Bréfritari: Stefanía Siggeirsdóttir
Viðtakandi: Páll Pálsson
Dagsetning: A-1866-12-13
Skrifað á: Hraungerði  Árn.
Stefanía var bróðurdóttir Páls Pálssonar

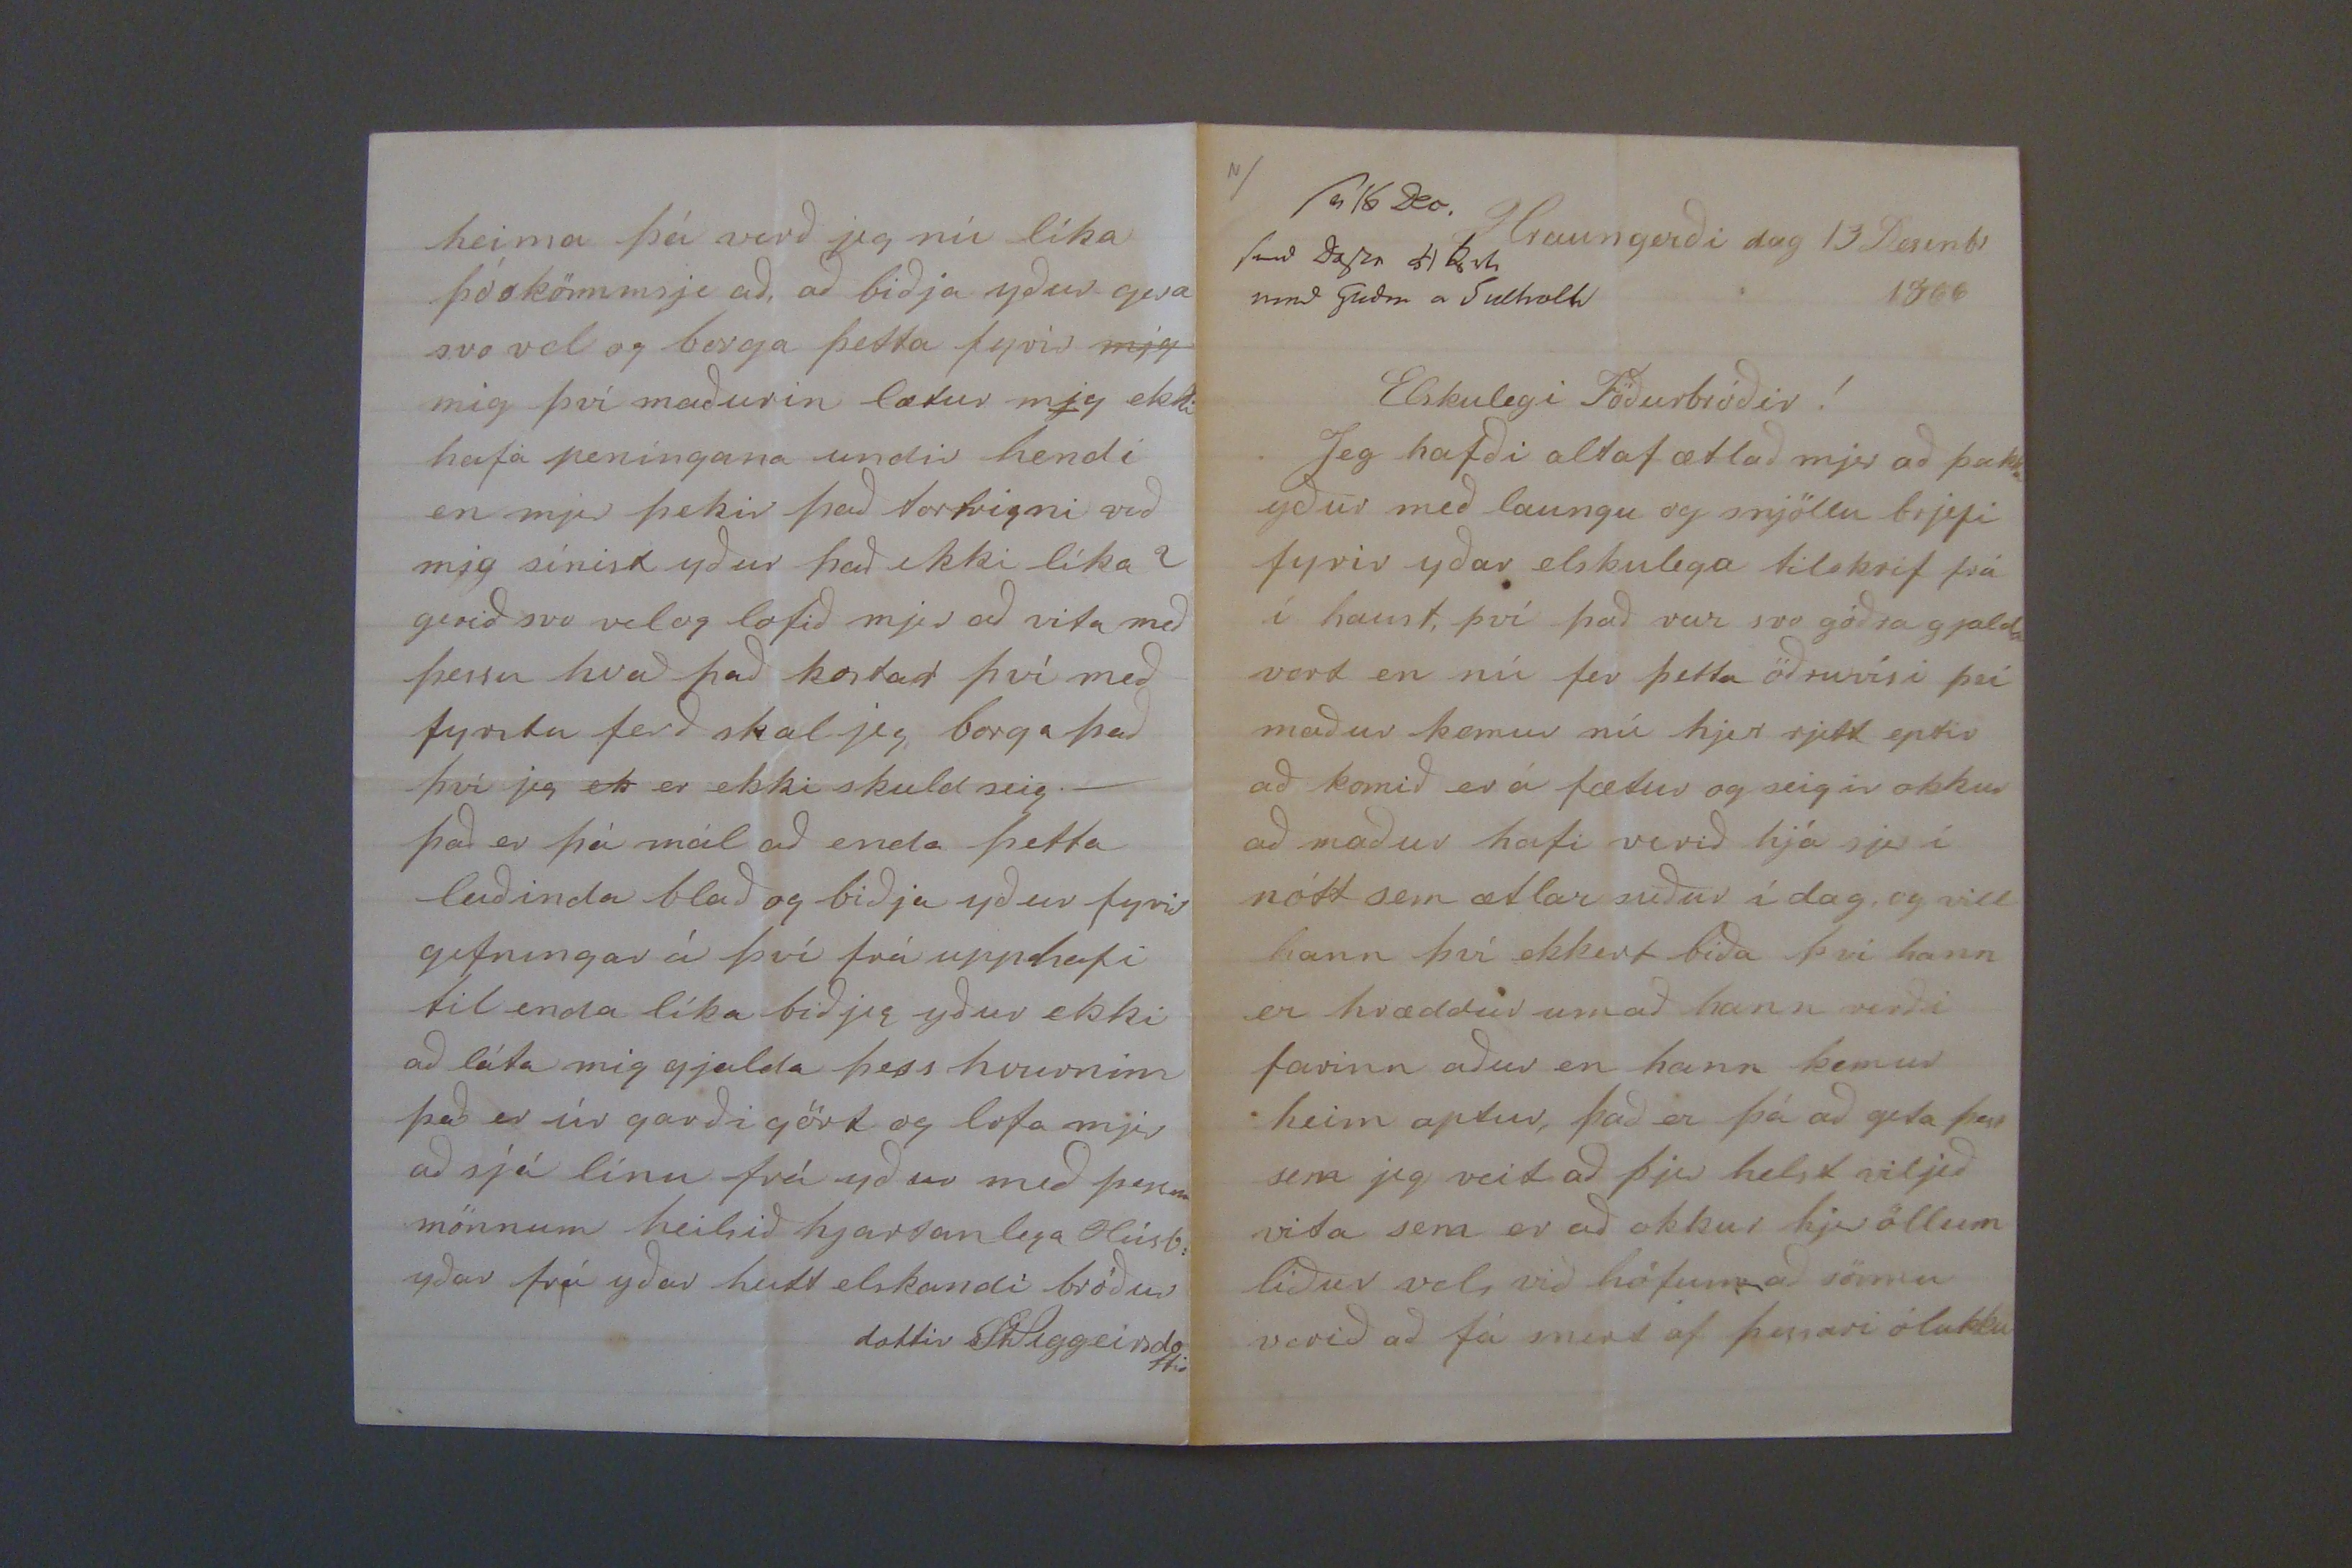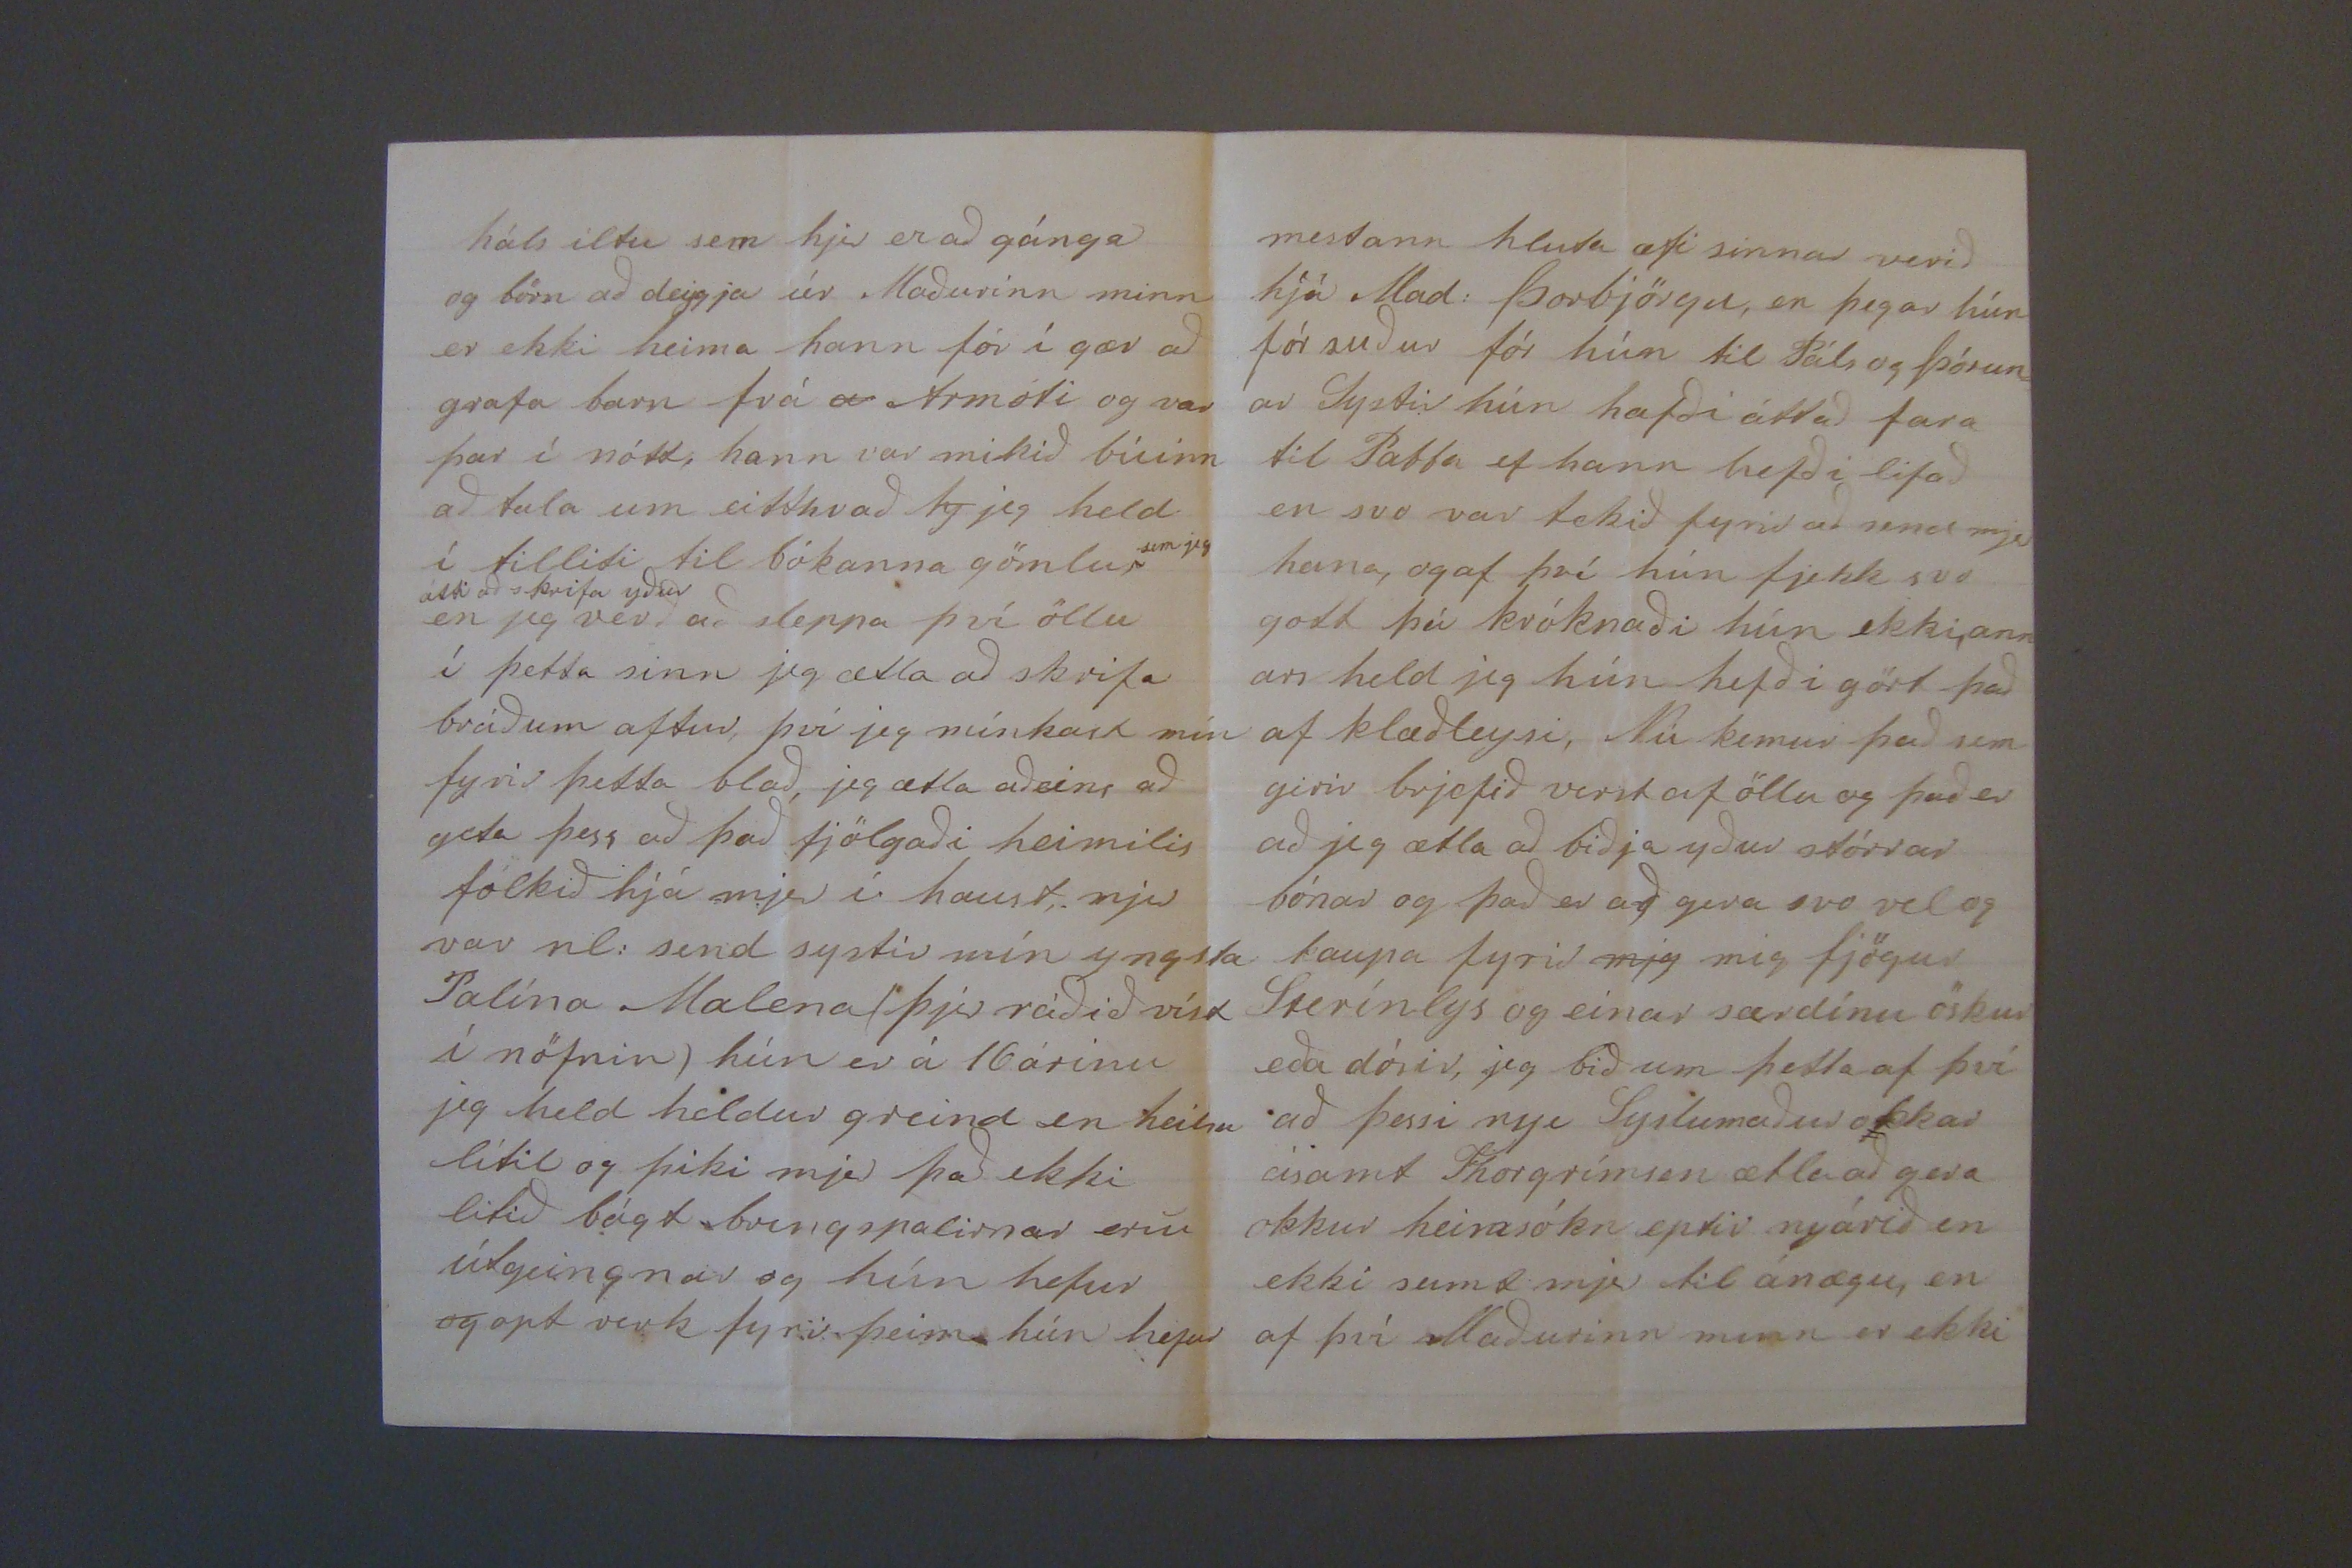

sv 16 Dec.
send dagur 51 Rvk med Gudm a S0lholti
Hraungerði dag 13 Desenbr 1866
Elskulegi Föðurbróðir!
Jeg hafði altaf ætlað mjer að þakka yður með laungu og snjöllu brjefi fyrir yðar elskulega tilskrif frá í haust, því það var svo góðra gjalda vert en nú fer þetta öðruvísi því maður kemur nú hjer rjett eptir að komið er á fætur og seigir okkur að maður hafi verið hjá sjer í nótt sem ætlar niður í dag, og vill hann því ekkert bíða því hann er hræddur um að hann verði farinn aður en hann kemur heim aptur, það er þá að geta þar sem jeg veit að þjer helst viljið vita sem er að okkur hjer öllum líður vel, við höfum að sönnu verið að fá snert af þessari ólukku
háls iltu sem hjer er að gánga og börn að deygja úr Maðurinn minn er ekki heima hann fór í gær að grafa barn frá
a
Armóti og var þar í nótt, hann var mikið búinn að tala um eitthvað
hj
jeg held í tilliti til bókanna gömlu
sem jeg átti að skrifa yður
en jeg verð að sleppa því öllu í þetta sinn jeg ætla að skrifa bráðum aftur, því jeg mínkast mín fyrir þetta blað, jeg ætla aðeins að geta þess að það fjölgaði heimilis fólkið hjá mjer í haust, mjer var nl: send systir mín yngsta Palína Malena (þjer ráðið víst í nöfnin) hún er á 16 árinu jeg held heldur greind en heilsu lítil og þiki mjer það ekki litið bágt bringspalirnar eru útgeingnar og hún hefur
og
opt verk fyrir þeim hún hefur
mestann hluta æfi sinnar verið hjá Mad: Þorbjörgu, en þegar hún fór suður fór hún til Páls og Þórun= ar systir hún hafði áttað fara til Pabba ef hann hefði lifað en svo var tekið fyrir að send mjer hana, og af því hún fjekk svo gott þá króknaði hún ekki, ann ars held jeg hún hefði gört það af klæðleysi, Nú kemur það sem girir brjefið verst af öllu og það er að jeg ætla að biðja yður stórrar bónar og það er að gera svo vel og kaupa fyrir
mjg
mig fjögur
Sterínlys
og einar særdínu öskur eða dósir, jeg bið um þetta af því að þessi nyi Syslumaður okkar ásamt Thorgrímsen ætla að gera okkur heimsókn eptir nyárið en ekki sumt mjer til ánægu, en af því Maðurinn minn er ekki
heima þá verð jeg nú líka þó skömm sje að, að biðja yður gera svo vel og borga þetta fyrir
mjg
mig því maðurin lætur mig ekki hafa peníngana undir hendi en mjer þikir það tortrigni við mig sínist yður það ekki líka? gerið svo velog lofið mjer að vita með þessu hvað það kostar því með fyrstu ferð skal jeg, borga það því jeg
ek
er ekki skuld seig._ það er þá mál að enda þetta leiðinda blað og biðja yður fyrir gefningar á því frá upphafi til enda líka bið jeg yður ekki að láta mig gjalda þess hvurninn það er úr garð gört og lofa mjer að sjá línu frá yður með þessum mönnum heilsið hjartanlega Húsb: yðar frá yðar heitt elskandi bróður dottir
St Siggeirsdottir